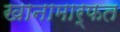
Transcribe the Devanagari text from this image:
खानामार्फत